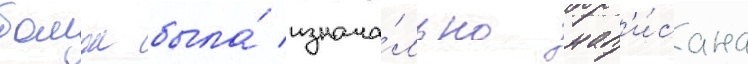
бомон была́ изнача́льно нап'и́сана